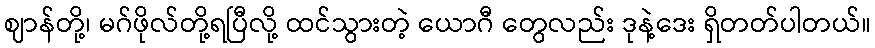
ဈာန်တို့၊ မဂ်ဖိုလ်တို့ရပြီလို့ ထင်သွားတဲ့ ယောဂီ တွေလည်း ဒုနဲ့ဒေး ရှိတတ်ပါတယ်။